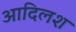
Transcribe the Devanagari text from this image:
आदिलश